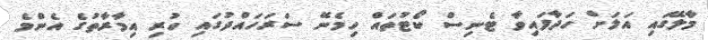
މާލޭގައި އަލަށް ހަދާފައިވާ ޓެނިސް ކޯޓުތައް ހިމެނޭ ސަރަހައްދުގައި ހުރި އިމާރާތުގެ އެންމެ